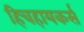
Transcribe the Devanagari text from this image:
हिचहायकर्स